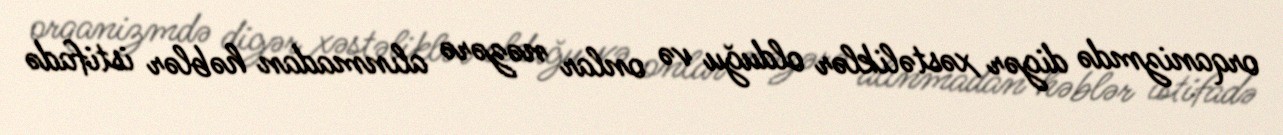
orqanizmdə digər xəstəliklər olduğu və onlar nəzərə alınmadan həblər istifadə